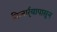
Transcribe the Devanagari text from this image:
किनार्र्यापासून